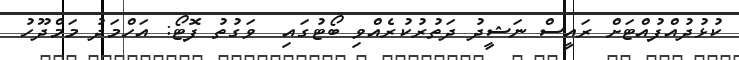
ކުޅުދުއްފުއްޓަށް ރައީސް ނަޝީދު ދަތުރުކުރެއްވި ބޯޓުގައި  ވަގުތު ފޮޓޯ: އަހްމަދު މަމްދޫހު